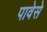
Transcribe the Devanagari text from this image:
पावेसे